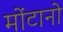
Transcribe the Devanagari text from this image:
मोंटानो